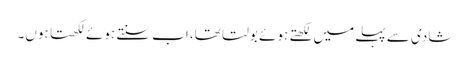
شادی سے پہلے میں‌ لکھتے ہوئے بولتا تھا، اب سنتے ہوئے لکھتا ہوں‌۔